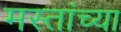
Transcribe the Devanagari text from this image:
मस्तांच्या